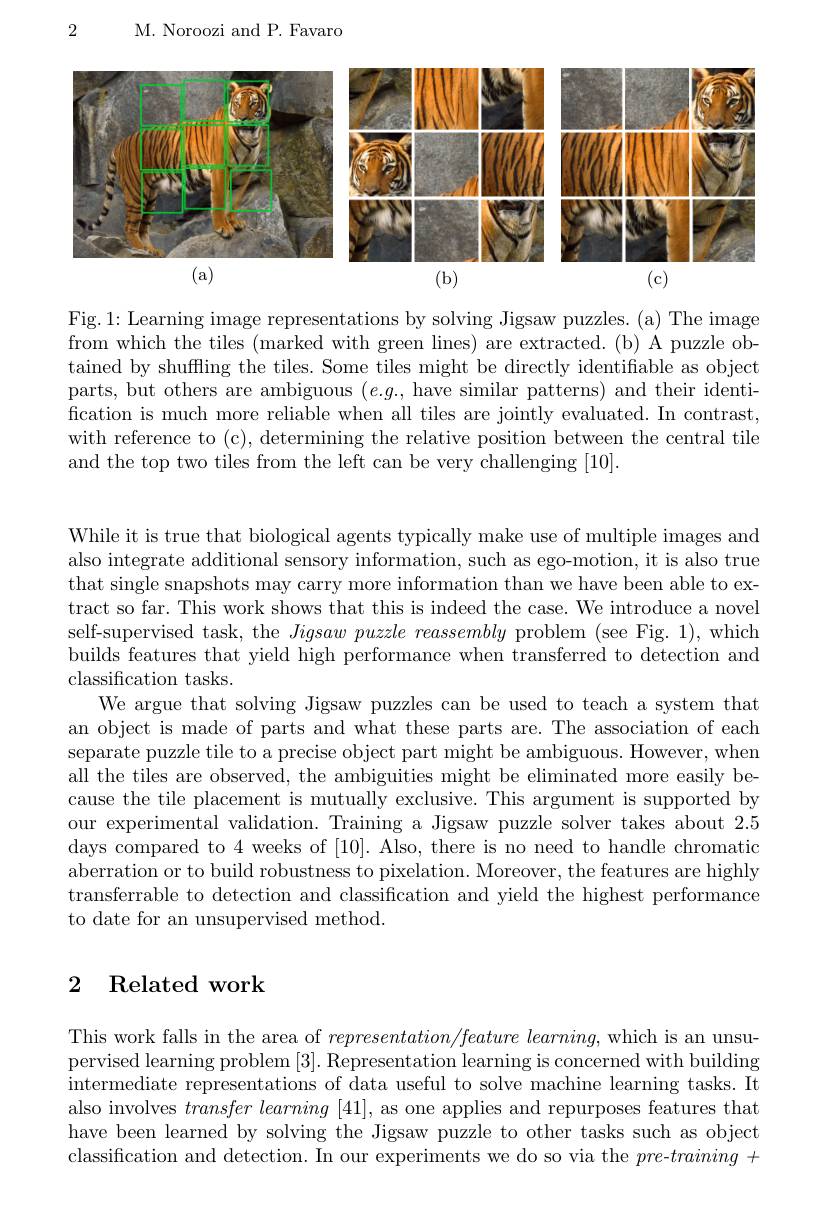
2

M. Noroozi and P. Favaro

<FigureHere>

Fig.1: Learning image representations by solving Jigsaw puzzles. (a) The image from which the tiles (marked with green lines) are extracted.(b) A puzzle obtained by shuffling the tiles. Some tiles might be directly identifiable as object parts, but others are ambiguous $(e.g.$, have similar patterns) and their identification is much more reliable when all tiles are jointly evaluated. In contrast, with reference to (c), determining the relative position between the central tile and the top two tiles from the left can be very challenging [10].

While it is true that biological agents typically make use of multiple images and also integrate additional sensory information, such as ego-motion, it is also true that single snapshots may carry more information than we have been able to extract so far. This work shows that this is indeed the case. We introduce a novel self-supervised task, the Jigsaw puzzle reassembly problem (see Fig. 1), which builds features that yield high performance when transferred to detection and classification tasks.
We argue that solving Jigsaw puzzles can be used to teach a system that an object is made of parts and what these parts are. The association of each separate puzzle tile to a precise object part might be ambiguous. However, when all the tiles are observed, the ambiguities might be eliminated more easily because the tile placement is mutually exclusive. This argument is supported by our experimental validation. Training a Jigsaw puzzle solver takes about 2.5 days compared to 4 weeks of [10]. Also, there is no need to handle chromatic aberration or to build robustness to pixelation. Moreover, the features are highly transferrable to detection and classification and yield the highest performance to date for an unsupervised method.

# 2 Related work

This work falls in the area of $representation/ feature\textit{learming, which is an unsu- }$ pervised learning problem [3]. Representation learning is concerned with building intermediate representations of data useful to solve machine learning tasks. It also involves $transfer\textit{ learning }[ 41] $, as one applies and repurposes features that have been learned by solving the Jigsaw puzzle to other tasks such as object classification and detection. In our experiments we do so via the $pre-training+$